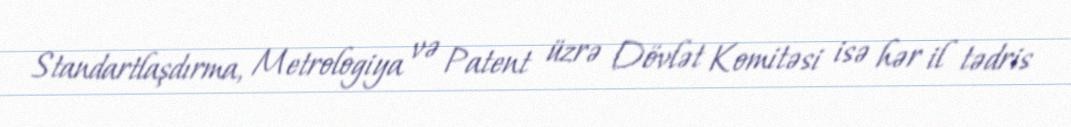
Standartlaşdırma, Metrologiya və Patent üzrə Dövlət Komitəsi isə hər il tədris